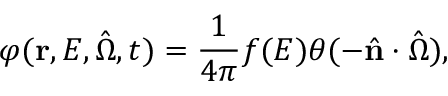
\varphi ( \mathbf { r } , E , \hat { \Omega } , t ) = \frac { 1 } { 4 \pi } f ( E ) \theta ( - \hat { \mathbf { n } } \cdot \hat { \Omega } ) ,